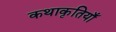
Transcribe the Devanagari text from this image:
कथाकृतियाँ